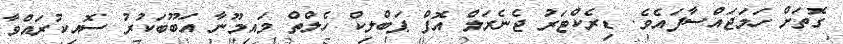
ގޮތަށް ހަމަޖައްސާފައެވެ. ޑިރެކްޓަރު ޖެނެރަލް އޮފް ޕަބްލިކް ހެލްތް މައިމޫނާ އަބޫބަކުުރު ސޮއިކުރައްވާ